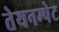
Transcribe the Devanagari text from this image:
तेयनम्पेट